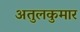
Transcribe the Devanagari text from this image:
अतुलकुमार